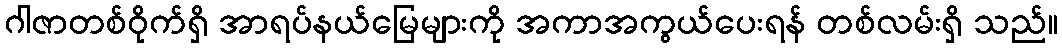
ဂါဇာတစ်ဝိုက်ရှိ အာရပ်နယ်မြေများကို အကာအကွယ်ပေးရန် တစ်လမ်းရှိ သည်။